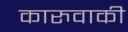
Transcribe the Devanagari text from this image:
कारुवाकी